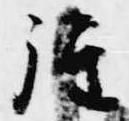
経